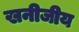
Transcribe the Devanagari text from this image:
खनीजीय